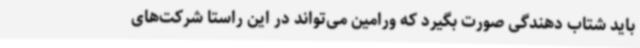
باید شتاب دهندگی صورت بگیرد که ورامین می‌تواند در این راستا شرکت‌های